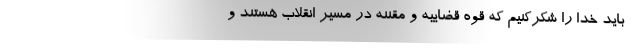
- باید خدا را شکرکنیم که قوه قضاییه و مقننه در مسیر انقلاب هستند و